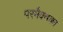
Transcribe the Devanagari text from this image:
परमैक्यका